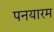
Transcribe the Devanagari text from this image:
पनयारम